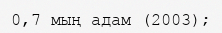
0,7 мың адам (2003);